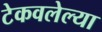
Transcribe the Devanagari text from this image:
टेकवलेल्या